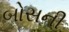
બોસની